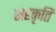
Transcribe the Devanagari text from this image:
सहकृति